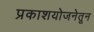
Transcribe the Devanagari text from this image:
प्रकाशयोजनेतून